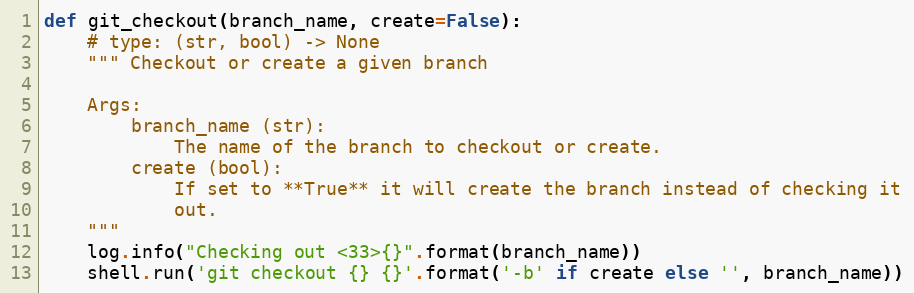
Language: Python
def git_checkout(branch_name, create=False):
    # type: (str, bool) -> None
    """ Checkout or create a given branch

    Args:
        branch_name (str):
            The name of the branch to checkout or create.
        create (bool):
            If set to **True** it will create the branch instead of checking it
            out.
    """
    log.info("Checking out <33>{}".format(branch_name))
    shell.run('git checkout {} {}'.format('-b' if create else '', branch_name))